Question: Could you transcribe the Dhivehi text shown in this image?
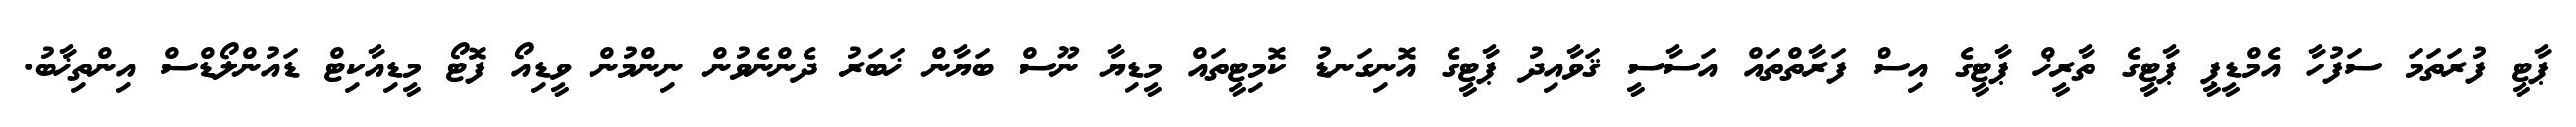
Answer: ޕާޓީ ފުރަތަމަ ސަފުހާ އެމްޑީޕީ ޕާޓީގެ ތާރީޚް ޕާޓީގެ އިސް ފަރާތްތައް އަސާސީ ޤަވާއިދު ޕާޓީގެ އޮނިގަނޑު ކޮމިޓީތައް މީޑިޔާ ނޫސް ބަޔާން ޚަބަރު ދެންނެވުން ނިންމުން ވީޑިއޯ ފޮޓޯ މީޑިއާކިޓް ޑައުންލޯޑްސް އިންތިޚާބު.